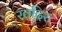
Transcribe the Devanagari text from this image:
खदिरः